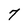
Character: 7